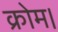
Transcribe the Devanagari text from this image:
क्रोम।